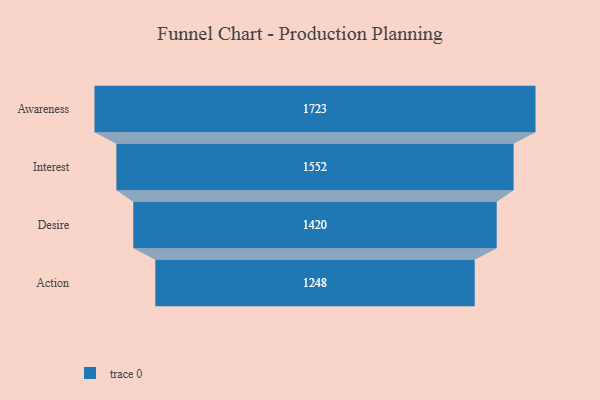
{"axis": {"x": "Stage", "y": "Value"}, "legend": [""], "data": [{"x": "Awareness", "y": 1723.0, "type": ""}, {"x": "Interest", "y": 1552.0, "type": ""}, {"x": "Desire", "y": 1420.0, "type": ""}, {"x": "Action", "y": 1248.0, "type": ""}]}